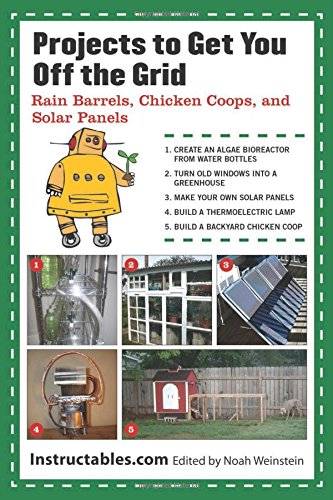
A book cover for Projects to Get You Off the Grid: Rain Barrels, Chicken Coops, and Solar Panels; Instructables.com; Crafts, Hobbies & Home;